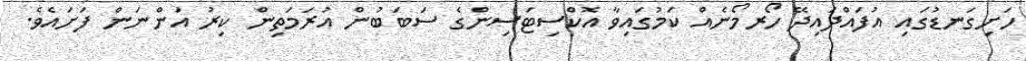
ހަށިގަނޑުގައި އުފައްދައިދޭ ހޯރމޯނެއް ކަމުގައިވާ އޮކްސިޓަސިންގެ ސަބަބުން އުރަމަތިން ކިރު އަންނަން ފަށައެވެ.